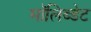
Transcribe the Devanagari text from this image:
मॉलिब्डेट